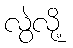
လွဲလို့